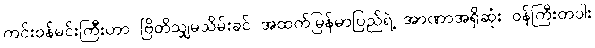
ကင်းဝန်မင်းကြီးဟာ ဗြိတိသျှမသိမ်းခင် အထက်မြန်မာပြည်ရဲ့ အာဏာအရှိဆုံး ဝန်ကြီးတပါး